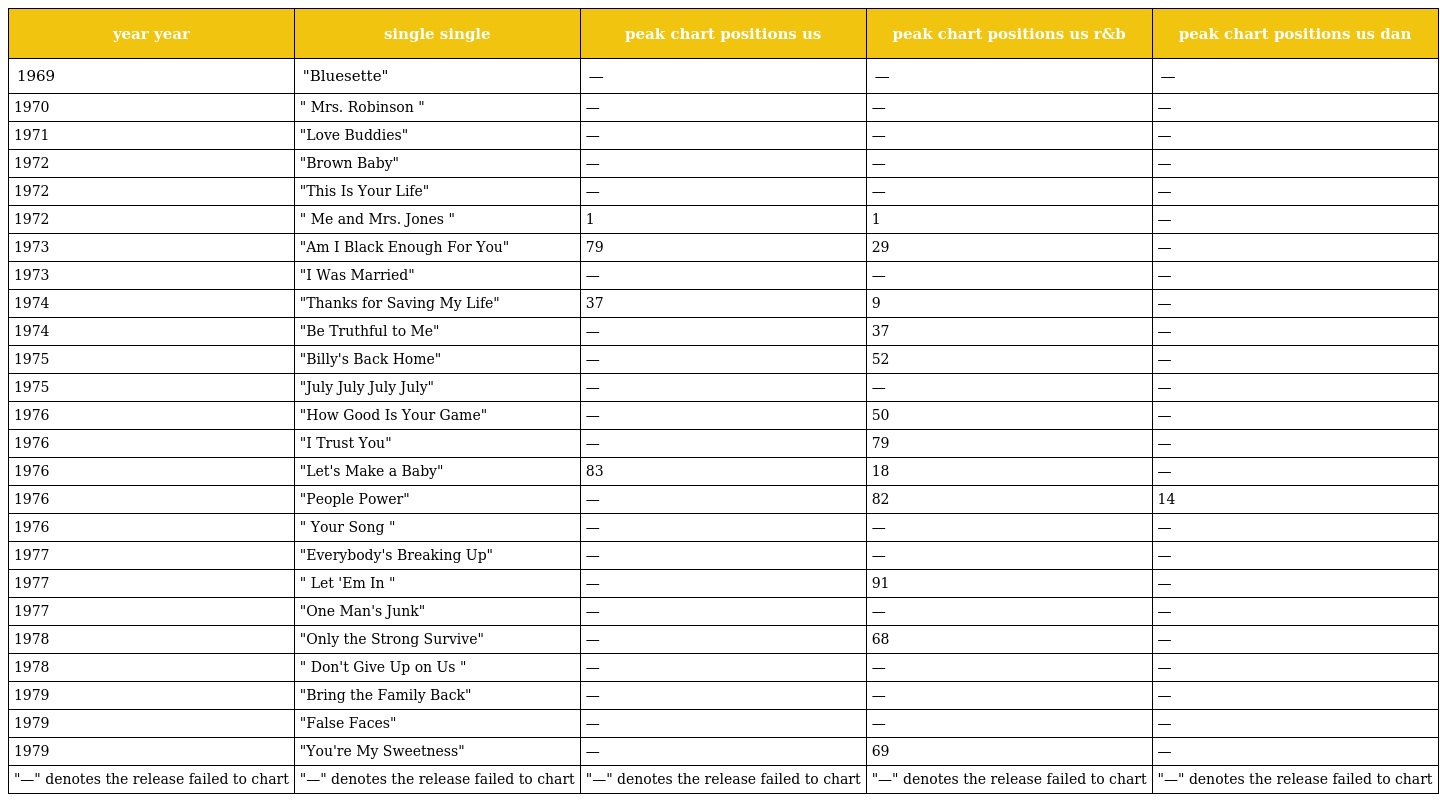
| year year | single single | peak chart positions us | peak chart positions us r&b | peak chart positions us dan |
 | --- | --- | --- | --- | --- |
 | 1969 | "Bluesette" | — | — | — |
 | 1970 | " Mrs. Robinson " | — | — | — |
 | 1971 | "Love Buddies" | — | — | — |
 | 1972 | "Brown Baby" | — | — | — |
 | 1972 | "This Is Your Life" | — | — | — |
 | 1972 | " Me and Mrs. Jones " | 1 | 1 | — |
 | 1973 | "Am I Black Enough For You" | 79 | 29 | — |
 | 1973 | "I Was Married" | — | — | — |
 | 1974 | "Thanks for Saving My Life" | 37 | 9 | — |
 | 1974 | "Be Truthful to Me" | — | 37 | — |
 | 1975 | "Billy's Back Home" | — | 52 | — |
 | 1975 | "July July July July" | — | — | — |
 | 1976 | "How Good Is Your Game" | — | 50 | — |
 | 1976 | "I Trust You" | — | 79 | — |
 | 1976 | "Let's Make a Baby" | 83 | 18 | — |
 | 1976 | "People Power" | — | 82 | 14 |
 | 1976 | " Your Song " | — | — | — |
 | 1977 | "Everybody's Breaking Up" | — | — | — |
 | 1977 | " Let 'Em In " | — | 91 | — |
 | 1977 | "One Man's Junk" | — | — | — |
 | 1978 | "Only the Strong Survive" | — | 68 | — |
 | 1978 | " Don't Give Up on Us " | — | — | — |
 | 1979 | "Bring the Family Back" | — | — | — |
 | 1979 | "False Faces" | — | — | — |
 | 1979 | "You're My Sweetness" | — | 69 | — |
 | "—" denotes the release failed to chart | "—" denotes the release failed to chart | "—" denotes the release failed to chart | "—" denotes the release failed to chart | "—" denotes the release failed to chart |